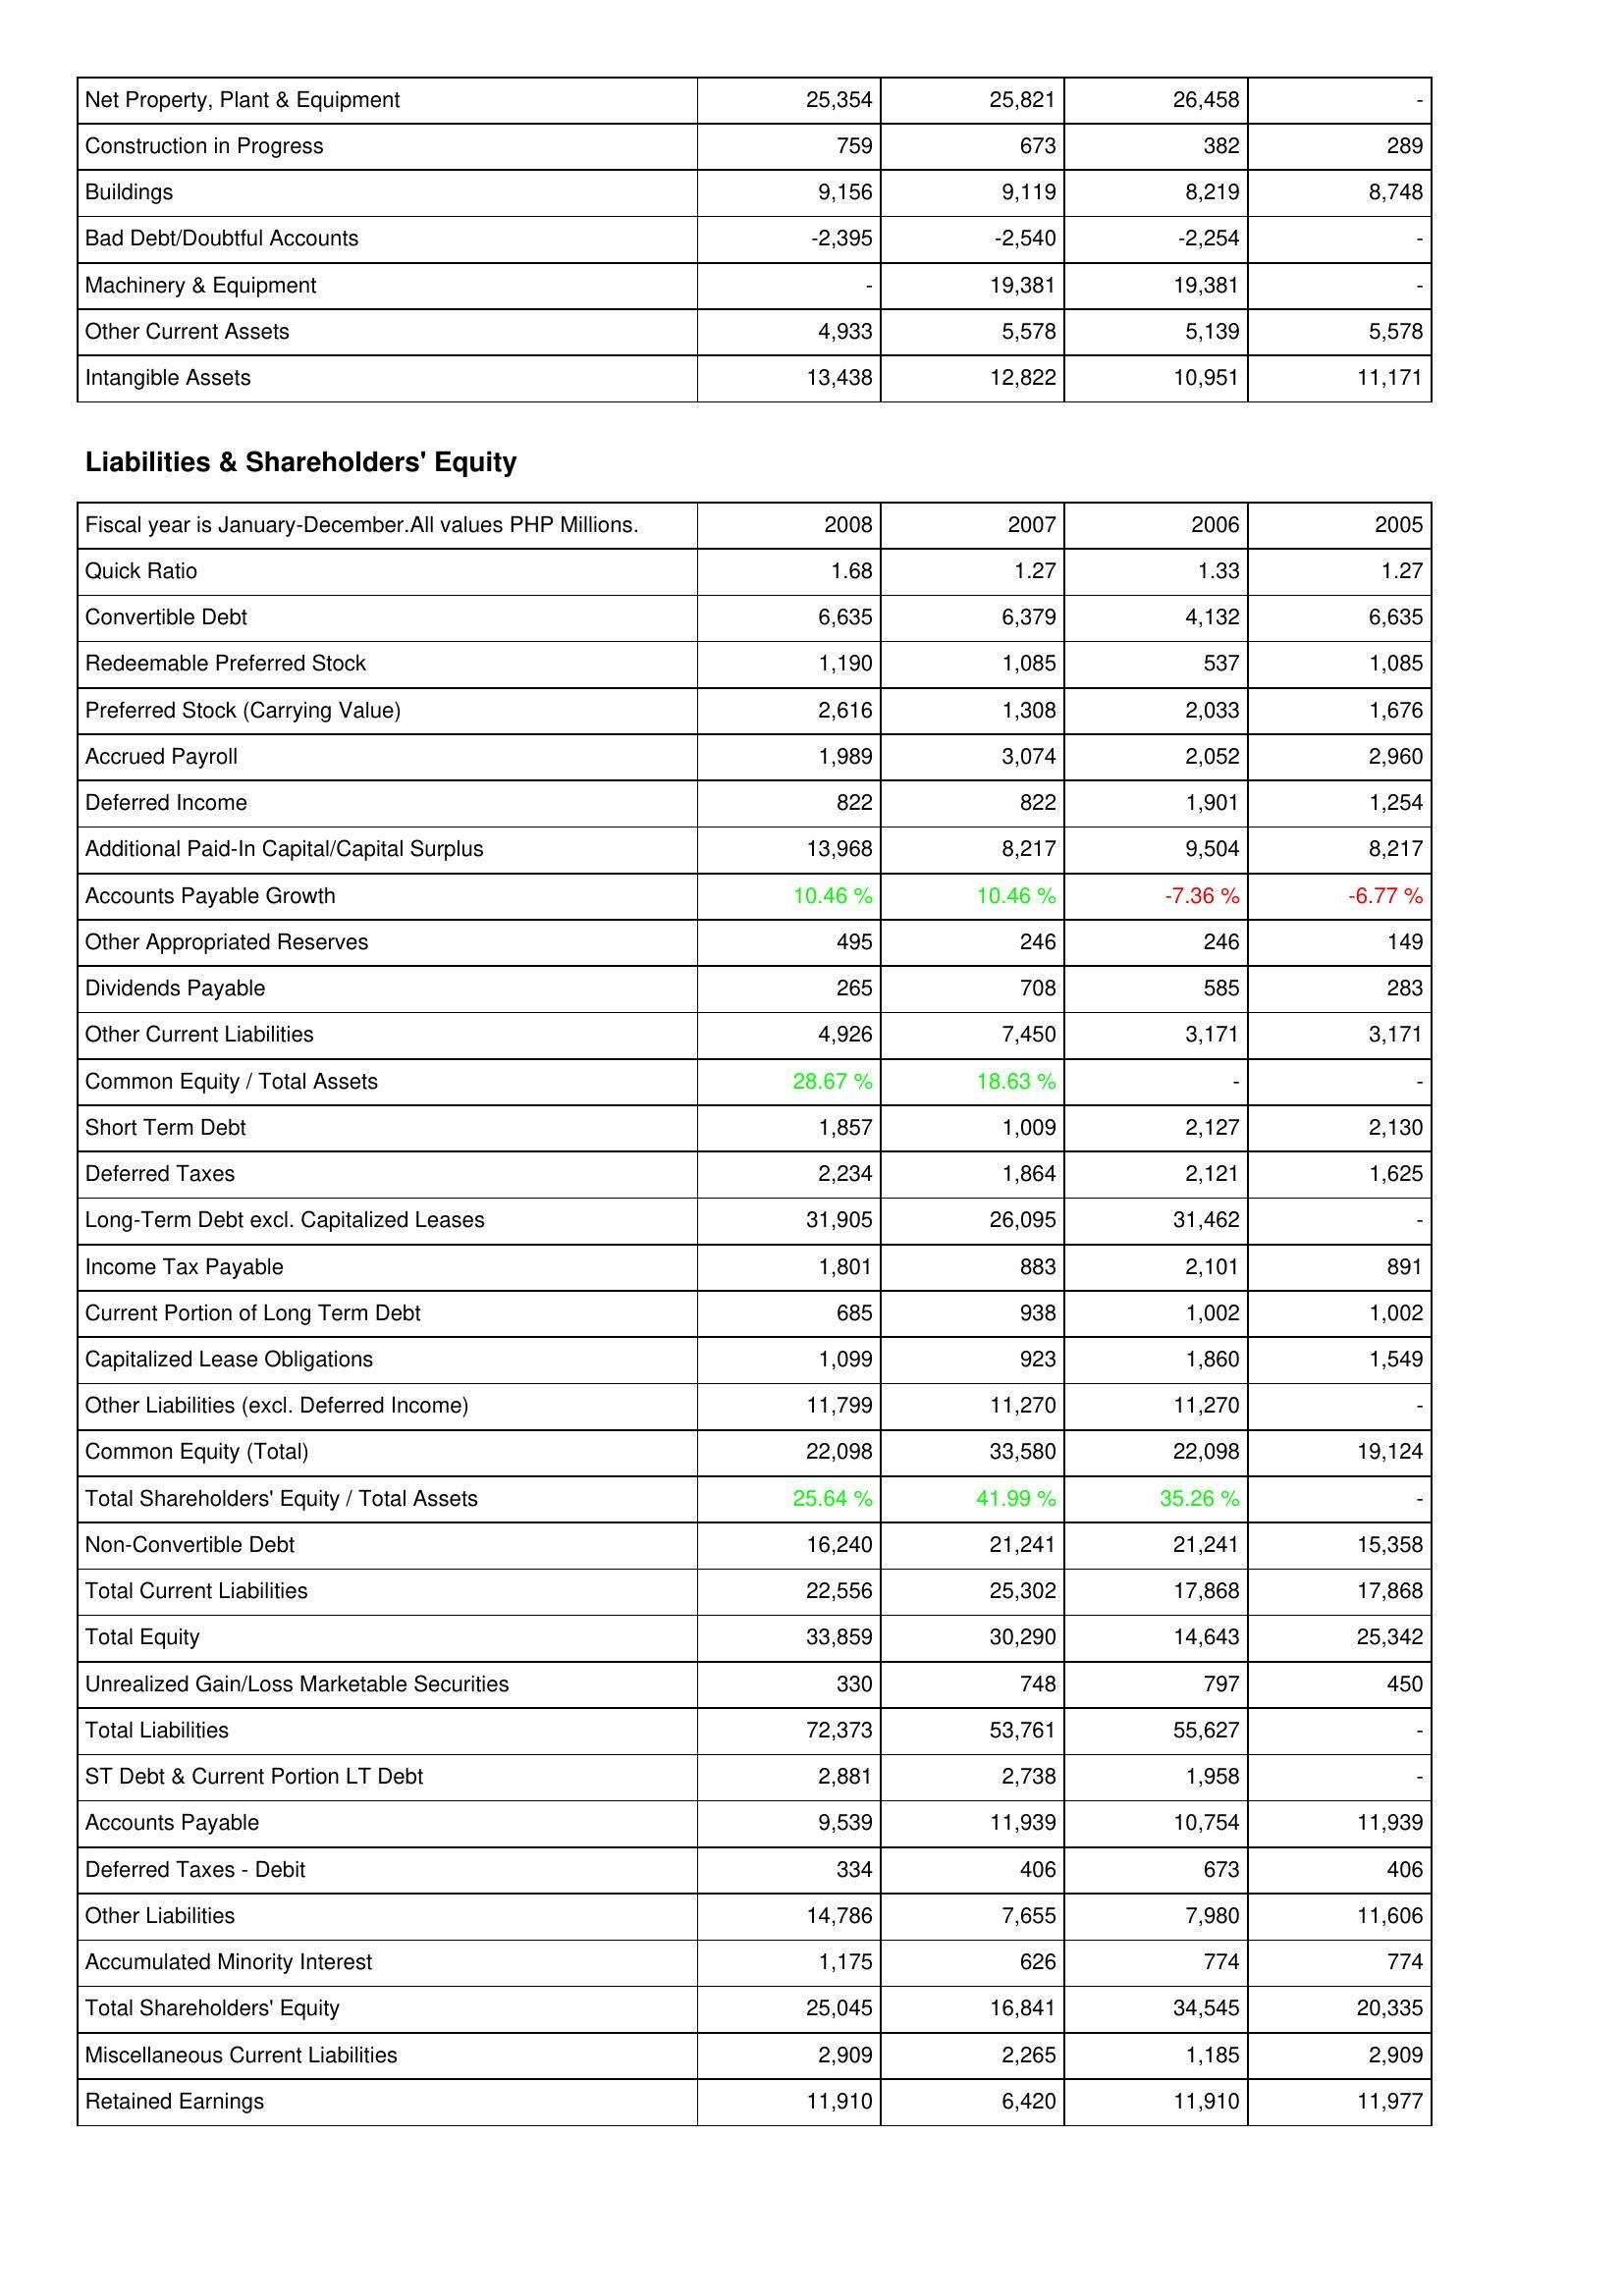
2008: Assets: Net Property, Plant & Equipment: 25,354
Construction in Progress: 759
Buildings: 9,156
Bad Debt/Doubtful Accounts: -2,395
Machinery & Equipment: -
Other Current Assets: 4,933
Intangible Assets: 13,438
Liabilities & Shareholders' Equity: Quick Ratio: 1.68
Convertible Debt: 6,635
Redeemable Preferred Stock: 1,190
Preferred Stock (Carrying Value): 2,616
Accrued Payroll: 1,989
Deferred Income: 822
Additional Paid-In Capital/Capital Surplus: 13,968
Accounts Payable Growth: 10.46 %
Other Appropriated Reserves: 495
Dividends Payable: 265
Other Current Liabilities: 4,926
Common Equity / Total Assets: 28.67 %
Short Term Debt: 1,857
Deferred Taxes: 2,234
Long-Term Debt excl. Capitalized Leases: 31,905
Income Tax Payable: 1,801
Current Portion of Long Term Debt: 685
Capitalized Lease Obligations: 1,099
Other Liabilities (excl. Deferred Income): 11,799
Common Equity (Total): 22,098
Total Shareholders' Equity / Total Assets: 25.64 %
Non-Convertible Debt: 16,240
Total Current Liabilities: 22,556
Total Equity: 33,859
Unrealized Gain/Loss Marketable Securities: 330
Total Liabilities: 72,373
ST Debt & Current Portion LT Debt: 2,881
Accounts Payable: 9,539
Deferred Taxes - Debit: 334
Other Liabilities: 14,786
Accumulated Minority Interest: 1,175
Total Shareholders' Equity: 25,045
Miscellaneous Current Liabilities: 2,909
Retained Earnings: 11,910
2007: Assets: Net Property, Plant & Equipment: 25,821
Construction in Progress: 673
Buildings: 9,119
Bad Debt/Doubtful Accounts: -2,540
Machinery & Equipment: 19,381
Other Current Assets: 5,578
Intangible Assets: 12,822
Liabilities & Shareholders' Equity: Quick Ratio: 1.27
Convertible Debt: 6,379
Redeemable Preferred Stock: 1,085
Preferred Stock (Carrying Value): 1,308
Accrued Payroll: 3,074
Deferred Income: 822
Additional Paid-In Capital/Capital Surplus: 8,217
Accounts Payable Growth: 10.46 %
Other Appropriated Reserves: 246
Dividends Payable: 708
Other Current Liabilities: 7,450
Common Equity / Total Assets: 18.63 %
Short Term Debt: 1,009
Deferred Taxes: 1,864
Long-Term Debt excl. Capitalized Leases: 26,095
Income Tax Payable: 883
Current Portion of Long Term Debt: 938
Capitalized Lease Obligations: 923
Other Liabilities (excl. Deferred Income): 11,270
Common Equity (Total): 33,580
Total Shareholders' Equity / Total Assets: 41.99 %
Non-Convertible Debt: 21,241
Total Current Liabilities: 25,302
Total Equity: 30,290
Unrealized Gain/Loss Marketable Securities: 748
Total Liabilities: 53,761
ST Debt & Current Portion LT Debt: 2,738
Accounts Payable: 11,939
Deferred Taxes - Debit: 406
Other Liabilities: 7,655
Accumulated Minority Interest: 626
Total Shareholders' Equity: 16,841
Miscellaneous Current Liabilities: 2,265
Retained Earnings: 6,420
2006: Assets: Net Property, Plant & Equipment: 26,458
Construction in Progress: 382
Buildings: 8,219
Bad Debt/Doubtful Accounts: -2,254
Machinery & Equipment: 19,381
Other Current Assets: 5,139
Intangible Assets: 10,951
Liabilities & Shareholders' Equity: Quick Ratio: 1.33
Convertible Debt: 4,132
Redeemable Preferred Stock: 537
Preferred Stock (Carrying Value): 2,033
Accrued Payroll: 2,052
Deferred Income: 1,901
Additional Paid-In Capital/Capital Surplus: 9,504
Accounts Payable Growth: -7.36 %
Other Appropriated Reserves: 246
Dividends Payable: 585
Other Current Liabilities: 3,171
Common Equity / Total Assets: -
Short Term Debt: 2,127
Deferred Taxes: 2,121
Long-Term Debt excl. Capitalized Leases: 31,462
Income Tax Payable: 2,101
Current Portion of Long Term Debt: 1,002
Capitalized Lease Obligations: 1,860
Other Liabilities (excl. Deferred Income): 11,270
Common Equity (Total): 22,098
Total Shareholders' Equity / Total Assets: 35.26 %
Non-Convertible Debt: 21,241
Total Current Liabilities: 17,868
Total Equity: 14,643
Unrealized Gain/Loss Marketable Securities: 797
Total Liabilities: 55,627
ST Debt & Current Portion LT Debt: 1,958
Accounts Payable: 10,754
Deferred Taxes - Debit: 673
Other Liabilities: 7,980
Accumulated Minority Interest: 774
Total Shareholders' Equity: 34,545
Miscellaneous Current Liabilities: 1,185
Retained Earnings: 11,910
2005: Assets: Net Property, Plant & Equipment: -
Construction in Progress: 289
Buildings: 8,748
Bad Debt/Doubtful Accounts: -
Machinery & Equipment: -
Other Current Assets: 5,578
Intangible Assets: 11,171
Liabilities & Shareholders' Equity: Quick Ratio: 1.27
Convertible Debt: 6,635
Redeemable Preferred Stock: 1,085
Preferred Stock (Carrying Value): 1,676
Accrued Payroll: 2,960
Deferred Income: 1,254
Additional Paid-In Capital/Capital Surplus: 8,217
Accounts Payable Growth: -6.77 %
Other Appropriated Reserves: 149
Dividends Payable: 283
Other Current Liabilities: 3,171
Common Equity / Total Assets: -
Short Term Debt: 2,130
Deferred Taxes: 1,625
Long-Term Debt excl. Capitalized Leases: -
Income Tax Payable: 891
Current Portion of Long Term Debt: 1,002
Capitalized Lease Obligations: 1,549
Other Liabilities (excl. Deferred Income): -
Common Equity (Total): 19,124
Total Shareholders' Equity / Total Assets: -
Non-Convertible Debt: 15,358
Total Current Liabilities: 17,868
Total Equity: 25,342
Unrealized Gain/Loss Marketable Securities: 450
Total Liabilities: -
ST Debt & Current Portion LT Debt: -
Accounts Payable: 11,939
Deferred Taxes - Debit: 406
Other Liabilities: 11,606
Accumulated Minority Interest: 774
Total Shareholders' Equity: 20,335
Miscellaneous Current Liabilities: 2,909
Retained Earnings: 11,977